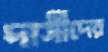
দাসীদের